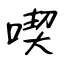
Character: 喫